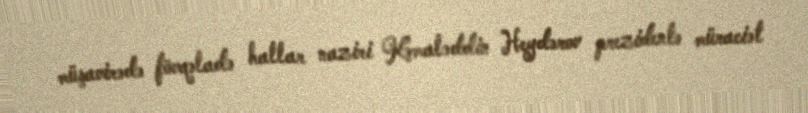
müşavirədə fövqəladə hallar naziri Kəmaləddin Heydərov prezidentə müraciət